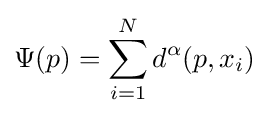
\Psi (p)=\sum _{i=1}^{N}d^{\alpha }(p,x_{i})